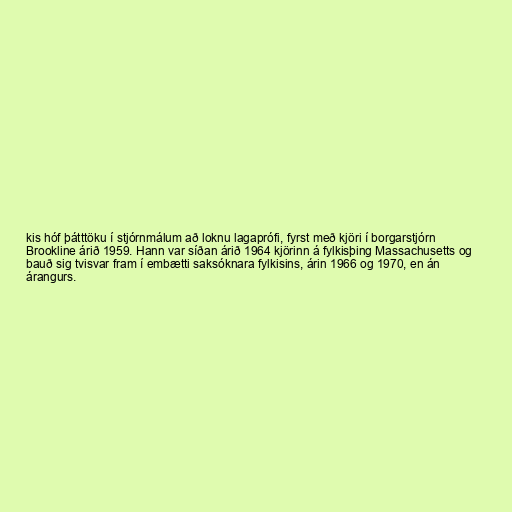
kis hóf þátttöku í stjórnmálum að loknu lagaprófi, fyrst með kjöri í borgarstjórn
Brookline árið 1959. Hann var síðan árið 1964 kjörinn á fylkisþing Massachusetts og
bauð sig tvisvar fram í embætti saksóknara fylkisins, árin 1966 og 1970, en án
árangurs.